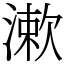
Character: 漱